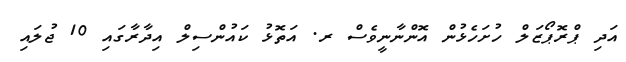
އަދި ޕްރޮޕޯޒަލް ހުށަހެޅުން އޮންނާނީވެސް ރ. އަތޮޅު ކައުންސިލް އިދާރާގައި 10 ޖުލައި